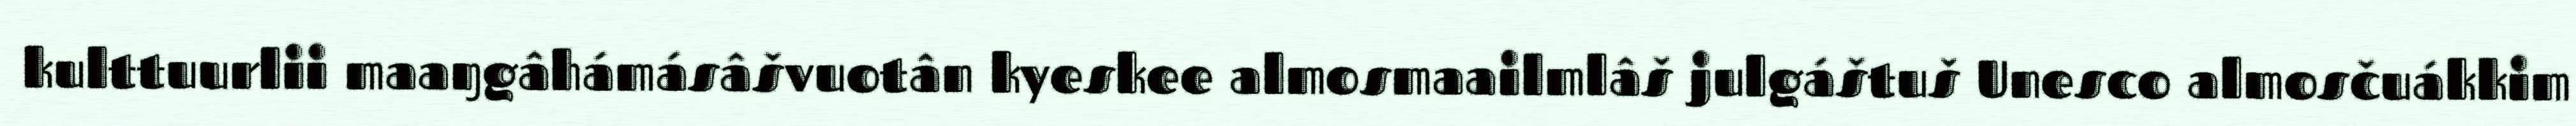
kulttuurlii maaŋgâhámásâšvuotân kyeskee almosmaailmlâš julgáštuš Unesco almosčuákkim